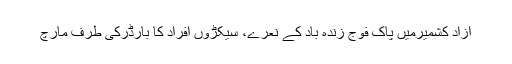
آزاد کشمیرمیں پاک فوج زندہ باد کے نعرے، سیکڑوں افراد کا بارڈرکی طرف مارچ